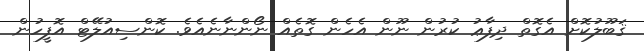
ޤަބޫލުކޮށް އެގޮތް ދިފާޢު ކުރުން ނޫން އެހެން ގޮތެއް ނޯންނާނެއެވެ. ކޮންސިއުލޭޓް އޮފީހުން